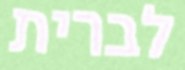
לברית